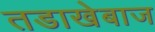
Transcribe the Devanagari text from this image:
तडाखेबाज